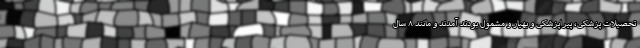
تحصیلات پزشکی، پیراپزشکی و بهیار و مشمول بودند آمدند و مانند ۸ سال